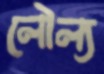
লৌল্য